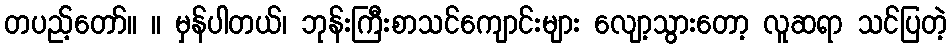
တပည့်တော်။ ။ မှန်ပါတယ်၊ ဘုန်းကြီးစာသင်ကျောင်းများ လျော့သွားတော့ လူဆရာ သင်ပြတဲ့